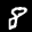
Label: 8